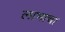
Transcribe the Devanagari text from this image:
लाभाचा